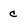
Character: c